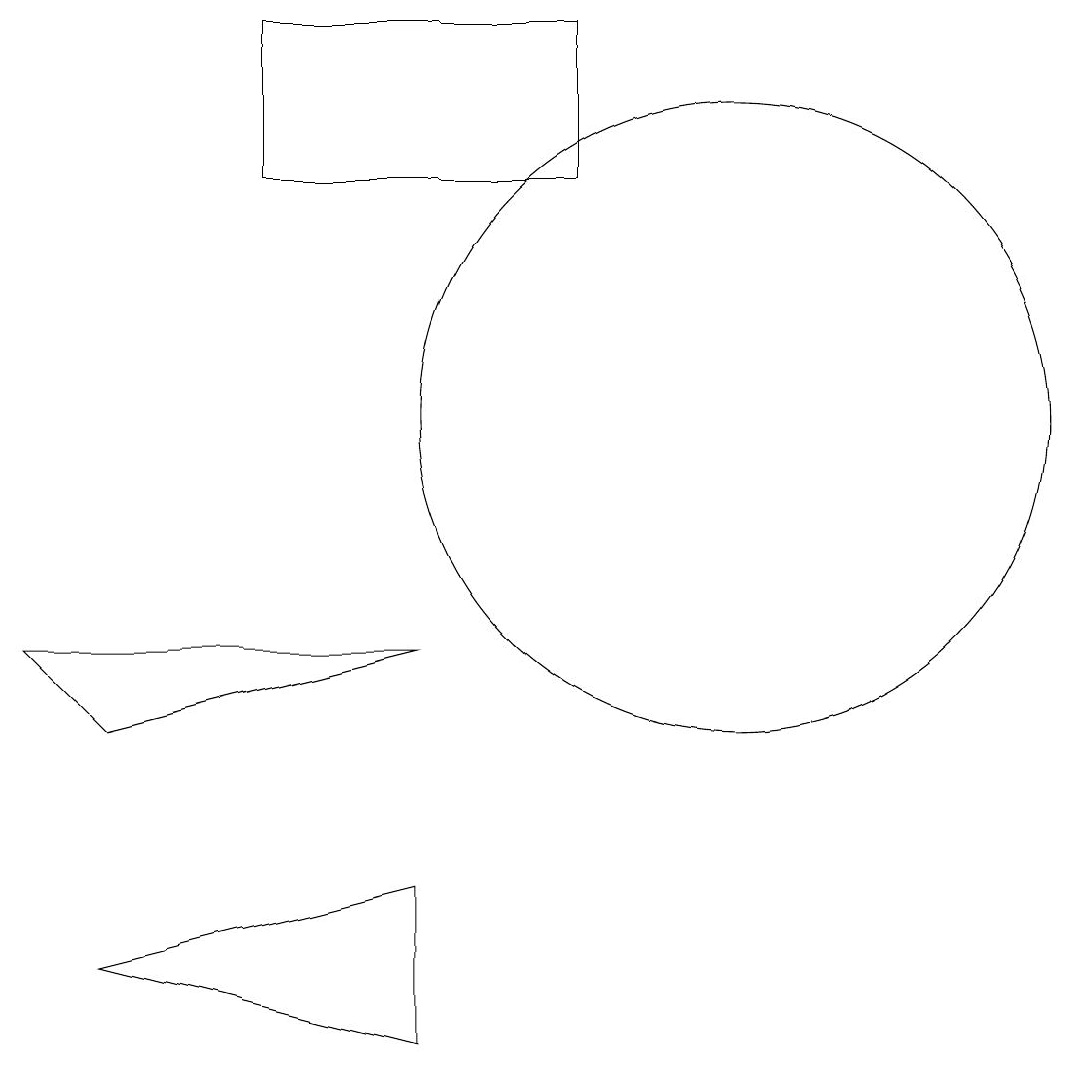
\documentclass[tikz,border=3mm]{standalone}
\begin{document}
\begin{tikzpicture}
\draw (7,3) -- (3,4) -- (7,5) -- cycle;
\draw (11,11) circle (4);
\draw (7,8) -- (2,8) -- (3,7) -- cycle;
\draw (9,16) rectangle (5,14);
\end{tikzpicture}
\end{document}